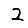
Digit: 2